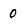
Character: 0